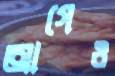
আগেও